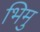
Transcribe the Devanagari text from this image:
भिमु